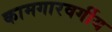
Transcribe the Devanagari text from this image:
कामगारवर्गीय